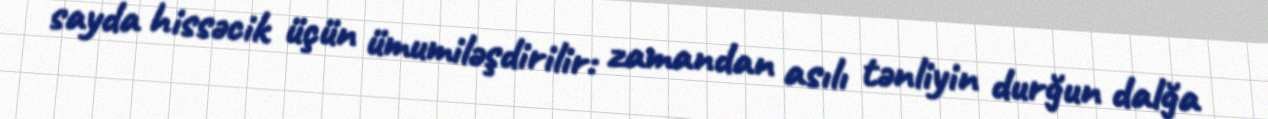
sayda hissəcik üçün ümumiləşdirilir: zamandan asılı tənliyin durğun dalğa